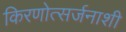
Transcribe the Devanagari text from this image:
किरणोत्सर्जनाशी